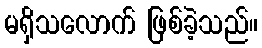
မရှိသလောက် ဖြစ်ခဲ့သည်။